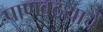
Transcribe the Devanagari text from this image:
पाणवठयाचें